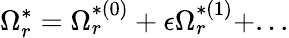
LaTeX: \Omega_{r}^{*}=\Omega_{r}^{*(0)}+\epsilon\Omega_{r}^{*(1)}+...